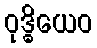
ဝုဒ္ဓိယေဝ